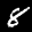
Label: 8